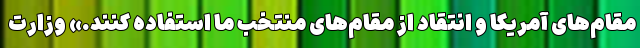
مقام‌های آمریکا و انتقاد از مقام‌های منتخب ما استفاده کنند.» وزارت